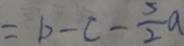
= b - c - \frac { 5 } { 2 } a